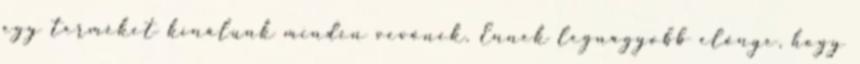
egy terméket kínálunk minden vevőnek. Ennek legnagyobb előnye, hogy